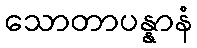
သောတာပန္နာနံ